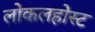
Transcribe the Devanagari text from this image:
लोकलहोस्ट